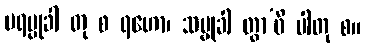
ပရမ္မုခါ တု စ ရဟော၊ သမ္မုခါ တွာ’ဝိ ပါတု စ။